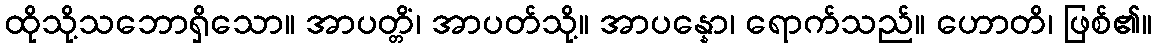
ထိုသို့သဘောရှိသော။ အာပတ္တိံ၊ အာပတ်သို့။ အာပန္နော၊ ရောက်သည်။ ဟောတိ၊ ဖြစ်၏။